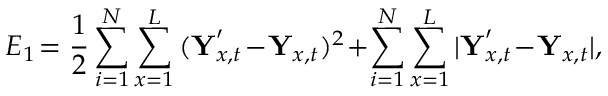
E _ { 1 } \! = \frac { 1 } { 2 } \sum _ { i = 1 } ^ { N } \sum _ { x = 1 } ^ { L } { ( \textbf Y _ { x , t } ^ { \prime } \! - \! \textbf Y _ { x , t } ) ^ { 2 } } \! + \! \sum _ { i = 1 } ^ { N } \sum _ { x = 1 } ^ { L } { | \textbf Y _ { x , t } ^ { \prime } \! - \! \textbf Y _ { x , t } | } ,